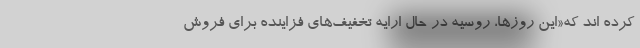
کرده اند که«این روزها، روسیه در حال ارایه تخفیف‌های فزاینده برای فروش